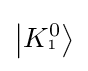
\left|K_{^{1}}^{0}\right\rangle